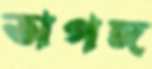
অপঙ্গ